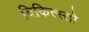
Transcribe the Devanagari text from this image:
चिकित्स्तो